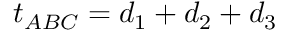
t _ { A B C } = d _ { 1 } + d _ { 2 } + d _ { 3 }